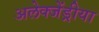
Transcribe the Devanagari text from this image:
अलेक्जेंड्रीया